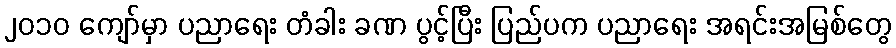
၂၀၁၀ ကျော်မှာ ပညာရေး တံခါး ခဏ ပွင့်ပြီး ပြည်ပက ပညာရေး အရင်းအမြစ်တွေ